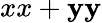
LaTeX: xx+\mathbf{y}\mathbf{y}